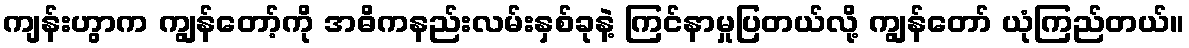
ကျန်းဟွာက ကျွန်တော့်ကို အဓိကနည်းလမ်းနှစ်ခုနဲ့ ကြင်နာမှုပြတယ်လို့ ကျွန်တော် ယုံကြည်တယ်။